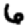
Digit: 6